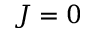
J = 0